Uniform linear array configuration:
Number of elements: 8
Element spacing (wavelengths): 0.75
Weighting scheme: hamming
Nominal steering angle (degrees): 15
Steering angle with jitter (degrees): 15.744
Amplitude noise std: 0.05
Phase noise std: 0.05

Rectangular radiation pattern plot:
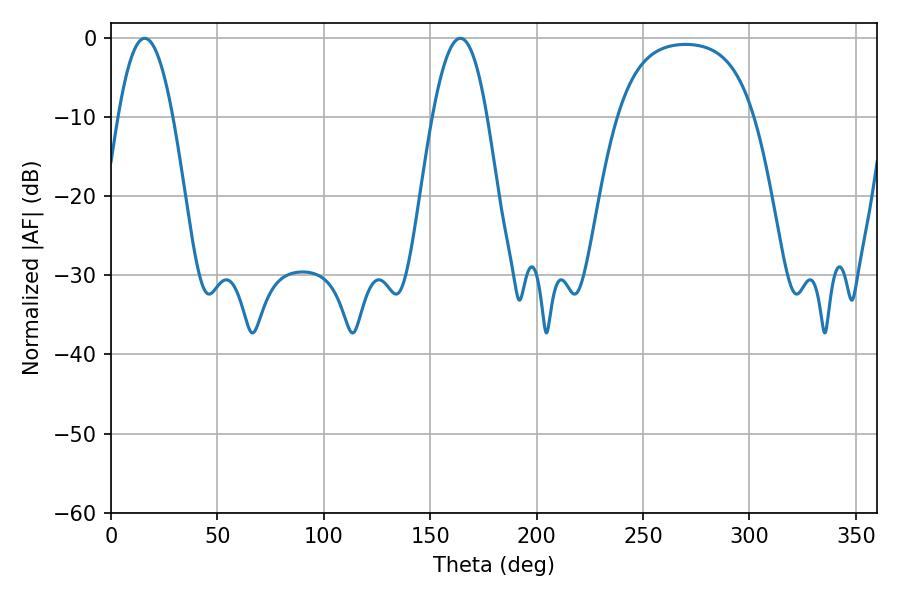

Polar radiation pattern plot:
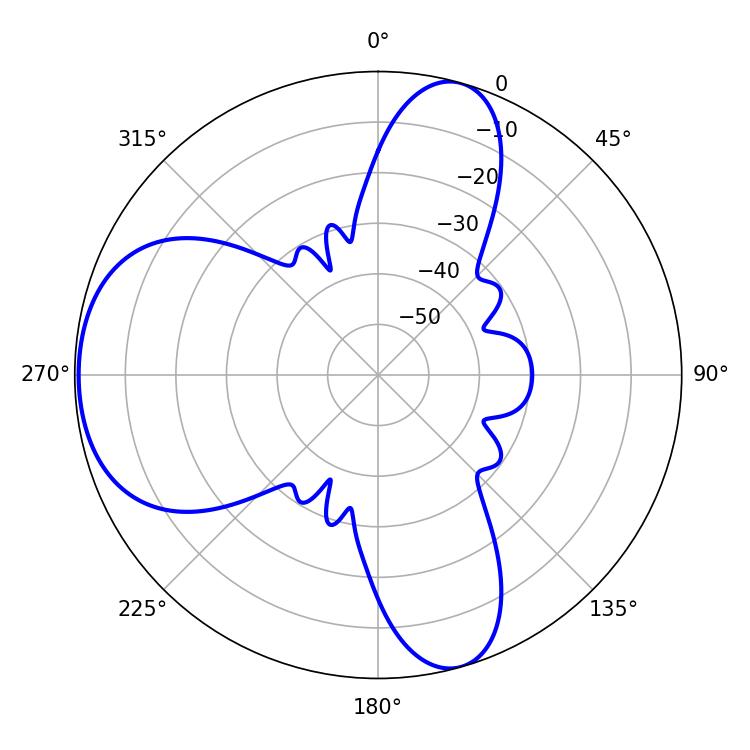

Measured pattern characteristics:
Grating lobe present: TRUE
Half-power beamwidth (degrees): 14.04
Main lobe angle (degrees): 15.84